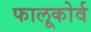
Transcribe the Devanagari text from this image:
फालूकोर्व